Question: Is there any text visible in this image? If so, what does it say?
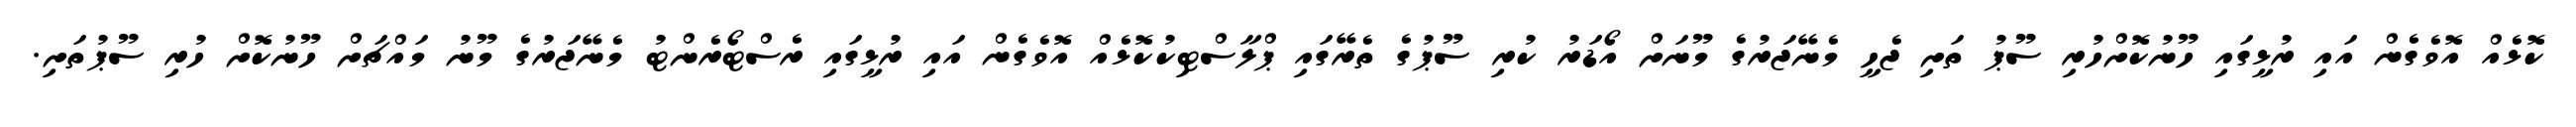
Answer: ކޮޅެއް އޮވެގެން އައި ރުޅީގައި ހޫނުކޮށްހުރި ސޫޕު ތަށި ޖެހީ މެނޭޖަރުގެ މޫނަށް އޯޑަރު ކުރި ސޫޕުގެ ތެރޭގައި ޕްލާސްޓިކުކޮޅެއް އޮވެގެން އައި ރުޅީގައި ރެސްޓޯރެންޓު މެނޭޖަރުގެ މޫނު މައްޗަށް ހޫނުކޮށް ހުރި ސޫޕުތަށި.